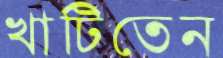
খাটিতেন